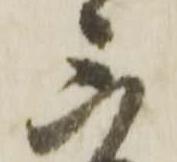
三